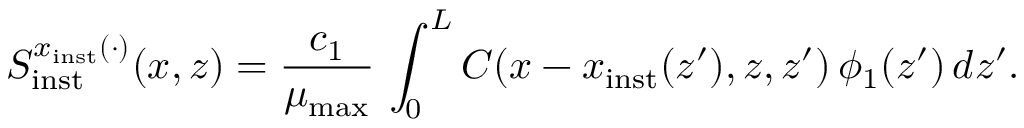
S _ { \mathrm { i n s t } } ^ { x _ { \mathrm { i n s t } } ( \cdot ) } ( x , z ) = \frac { c _ { 1 } } { \mu _ { \mathrm { m a x } } } \, \int _ { 0 } ^ { L } C ( x - x _ { \mathrm { i n s t } } ( z ^ { \prime } ) , z , z ^ { \prime } ) \, \phi _ { 1 } ( z ^ { \prime } ) \, d z ^ { \prime } .